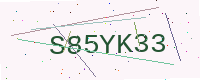
Text: S85YK33